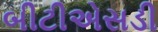
બીટીએસડી